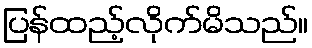
ပြန်ထည့်လိုက်မိသည်။